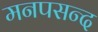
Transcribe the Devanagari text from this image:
मनपसन्द